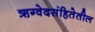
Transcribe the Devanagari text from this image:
ऋग्वेदसंहितेतील